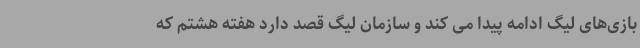
بازی‌های لیگ ادامه پیدا می کند و سازمان لیگ قصد دارد هفته هشتم که